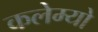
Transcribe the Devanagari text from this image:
कलेम्यो